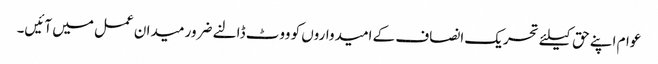
عوام اپنے حق کیلئے تحریک انصاف کے امیدواروں کو ووٹ ڈالنے ضرور میدان عمل میں آئیں۔